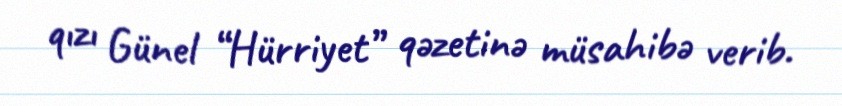
qızı Günel “Hürriyet” qəzetinə müsahibə verib.